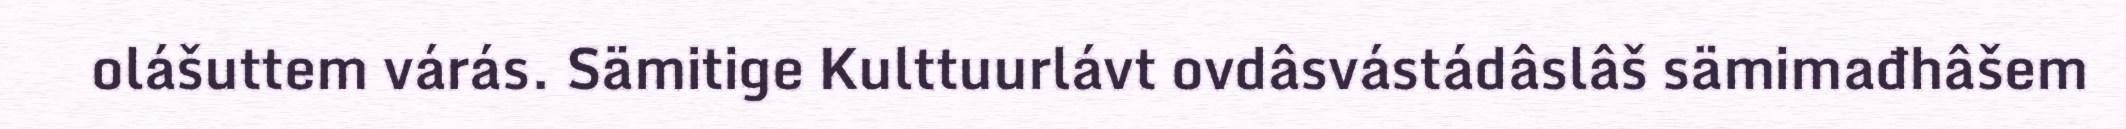
olášuttem várás. Sämitige Kulttuurlávt ovdâsvástádâslâš sämimađhâšem